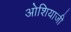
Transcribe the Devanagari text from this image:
ओशियाजी